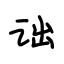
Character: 诎